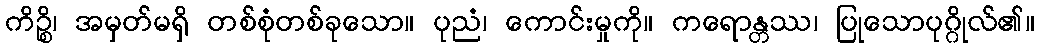
ကိဉ္စိ၊ အမှတ်မရှိ တစ်စုံတစ်ခုသော။ ပုညံ၊ ကောင်းမှုကို။ ကရောန္တဿ၊ ပြုသောပုဂ္ဂိုလ်၏။